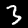
Label: 3